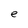
Character: e